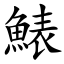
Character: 䱪